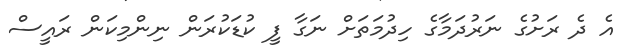
އެ ދެ ރަށުގެ ނަރުދަމާގެ ހިދުމަތަށް ނަގާ ފީ ކުޑަކުރަން ނިންމިކަން ރައީސް